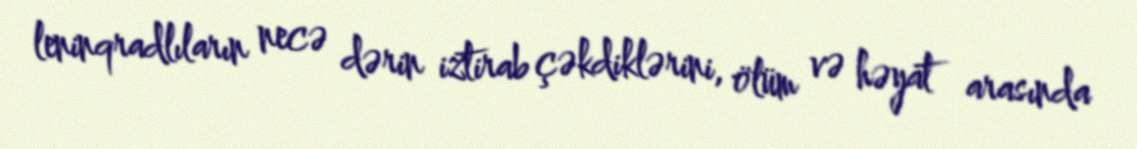
leninqradlıların necə dərin iztirab çəkdiklərini, ölüm və həyat arasında